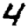
Digit: 4